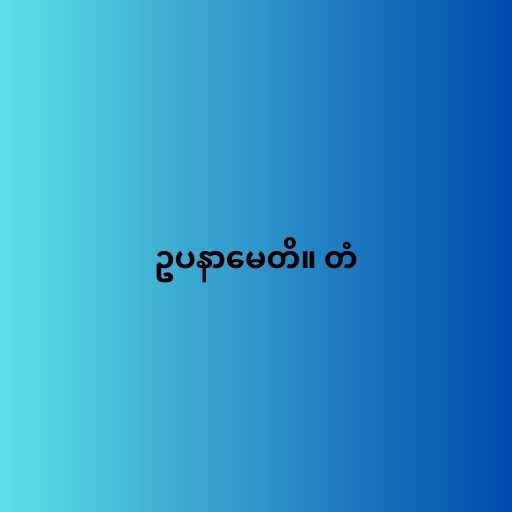
ဥပနာမေတိ။ တံ